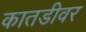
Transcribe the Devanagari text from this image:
कातडीवर